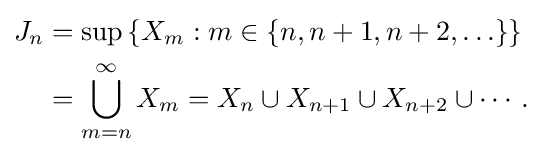
{\begin{aligned}J_{n}&=\sup \,\{X_{m}:m\in \{n,n+1,n+2,\ldots \}\}\\&=\bigcup _{m=n}^{\infty }X_{m}=X_{n}\cup X_{n+1}\cup X_{n+2}\cup \cdots .\end{aligned}}